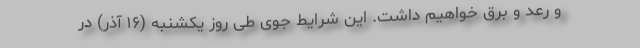
و رعد و برق خواهیم داشت. این شرایط جوی طی روز یکشنبه (۱۶ آذر) در